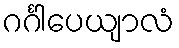
ဂင်္ဂါပေယျာလံ